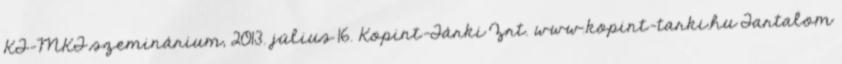
KT-MKT szeminárium, 2013. július 16. Kopint-Tárki Zrt. www.kopint-tarki.hu Tartalom